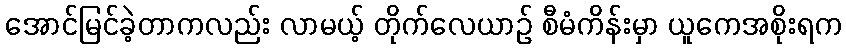
အောင်မြင်ခဲ့တာကလည်း လာမယ့် တိုက်လေယာဉ် စီမံကိန်းမှာ ယူကေအစိုးရက